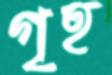
গৃহ